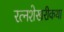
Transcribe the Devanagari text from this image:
रत्नशेखरीकथा